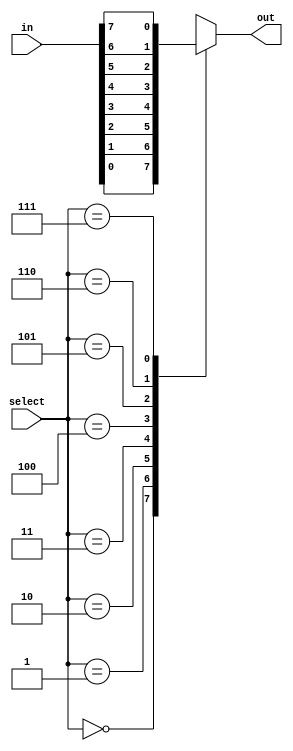
module f6_test(input [7:0] in, input [2:0] select, output reg out);
always @( in or select)
    case (select)
	    0: out = in[0];
	    1: out = in[1];
	    2: out = in[2];
	    3: out = in[3];
	    4: out = in[4];
	    5: out = in[5];
	    6: out = in[6];
	    7: out = in[7];
	endcase
endmodule